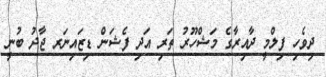
ދިވެހި ފިލްމީ ދާއިރާގެ މަޝްހޫރު ތަރި އަދި ފެޝަން ޑިޒައިނަރ ޖާދު ބުނީ